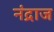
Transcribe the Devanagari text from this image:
नंद्राज